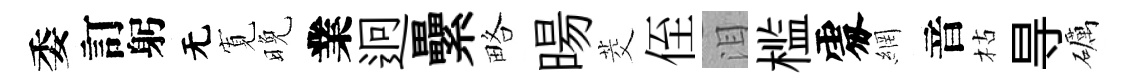
委訂躬无𡩖晚業迥纍略暘茭侄泪槛𠁅網音枯㝵礪